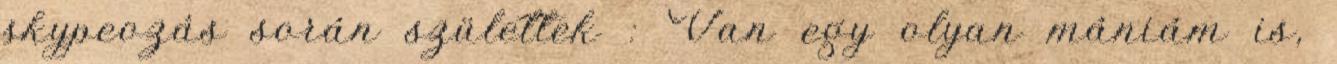
skypeozás során születtek : Van egy olyan mániám is,